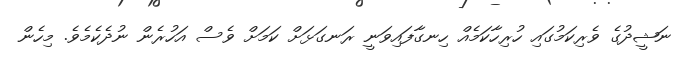
ނަޝީދުގެ ވެރިކަމުގައި ހުރިހާކަމެއް ހިނގާފައިވަނީ ރަނގަޅަށް ކަމަށް ވެސް އަހުރެން ނުދެކެމެވެ. މިހެން